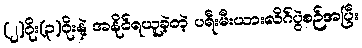
(၂)ဂိုး(၃)ဂိုးနဲ့ အနိုင်ရယူခဲ့တဲ့ ပရီးမီးယားလိဂ်ပွဲစဉ်အပြီး